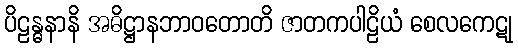
ပိဠန္ဓနာနိ အဓိဋ္ဌာနဘာဝတောတိ ဇာတကပါဠိယံ စေလကေဋု